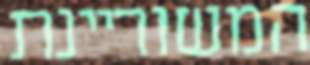
המשוריינת